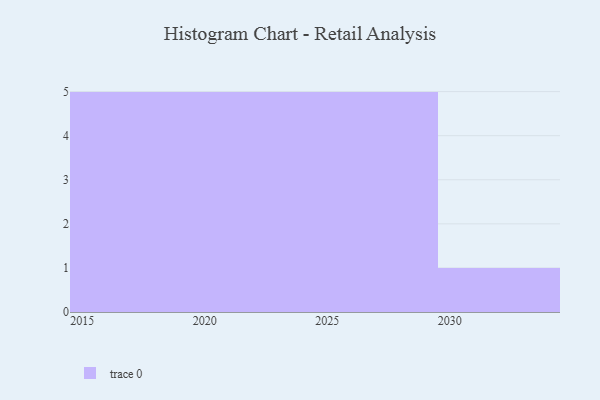
{"axis": {"x": "Year", "y": "Satisfaction Score"}, "legend": [""], "data": [{"x": "2017", "y": 83, "type": ""}, {"x": "2021", "y": 66, "type": ""}, {"x": "2019", "y": 86, "type": ""}, {"x": "2016", "y": 89, "type": ""}, {"x": "2027", "y": 33, "type": ""}, {"x": "2022", "y": 93, "type": ""}, {"x": "2020", "y": 34, "type": ""}, {"x": "2015", "y": 96, "type": ""}, {"x": "2018", "y": 54, "type": ""}, {"x": "2030", "y": 6, "type": ""}, {"x": "2026", "y": 90, "type": ""}, {"x": "2025", "y": 81, "type": ""}, {"x": "2024", "y": 63, "type": ""}, {"x": "2028", "y": 25, "type": ""}, {"x": "2029", "y": 66, "type": ""}, {"x": "2023", "y": 3, "type": ""}]}